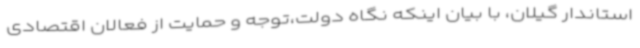
استاندار گیلان، با بیان اینکه نگاه دولت،توجه و حمایت از فعالان اقتصادی